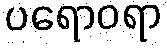
ပရောဝရာ